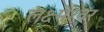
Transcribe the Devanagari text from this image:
लक्ष्मेश्‍वर